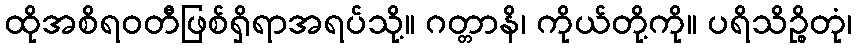
ထိုအစိရဝတီဖြစ်ရှိရာအရပ်သို့။ ဂတ္တာနိ၊ ကိုယ်တို့ကို။ ပရိသိဉ္စိတုံ၊